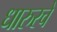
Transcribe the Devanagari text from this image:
धारुरचे